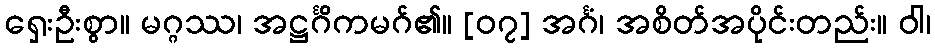
ရှေးဦးစွာ။ မဂ္ဂဿ၊ အဋ္ဌင်္ဂိကမဂ်၏။ [၀၇] အင်္ဂံ၊ အစိတ်အပိုင်းတည်း။ ဝါ၊